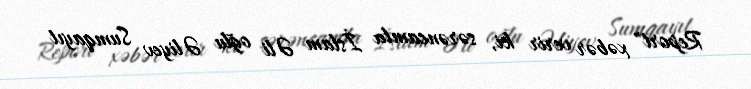
Report" xəbər verir ki, sərəncamla İslam Əli oğlu Əliyev Sumqayıt